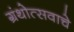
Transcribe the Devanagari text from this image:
ग्रंथोत्सवाचे